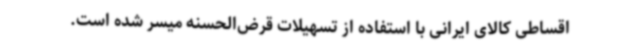
اقساطی کالای ایرانی با استفاده از تسهیلات قرض‌الحسنه میسر شده است.